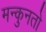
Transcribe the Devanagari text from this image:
मन्कुनतो